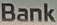
Bank